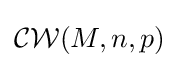
{\mathcal {CW}}(M,n,p)